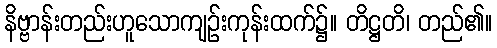
နိဗ္ဗာန်းတည်းဟူသောကျဉ်းကုန်းထက်၌။ တိဋ္ဌတိ၊ တည်၏။